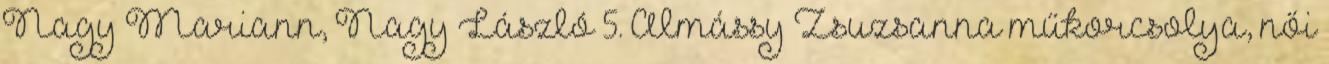
Nagy Mariann, Nagy László 5. Almássy Zsuzsanna műkorcsolya, női